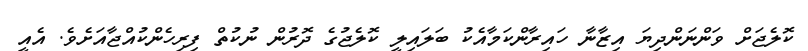
ކޮލެޖަށް ވަންނަންދިޔަ އިޒާނާ ހައިރާންކަމާއެކު ބަލައިލީ ކޮލެޖުގެ ދޮރުން ނުކުތް ފިރިހެންކުއްޖާއަށެވެ. އެއީ